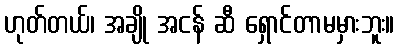
ဟုတ်တယ်၊ အချို အငန် ဆီ ရှောင်တာမမှားဘူး။